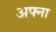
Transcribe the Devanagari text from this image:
अफ्ना